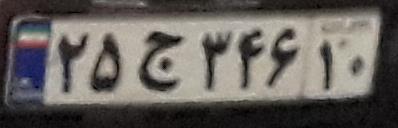
۲۵ج۳۴۶۱۰